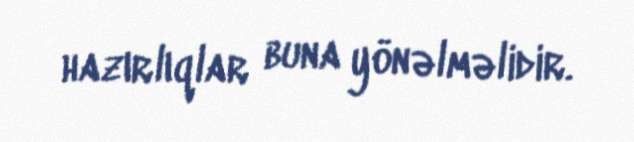
hazırlıqlar buna yönəlməlidir.